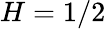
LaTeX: H=1/2